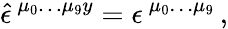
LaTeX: \hat{\epsilon}^{\ \mu_{0}\ldots\mu_{9}y}=\epsilon^{\ \mu_{0}\ldots\mu_{9}}\, ,